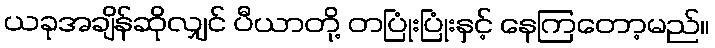
ယခုအချိန်ဆိုလျှင် ပီယာတို့ တပြုံးပြုံးနှင့် နေကြတော့မည်။